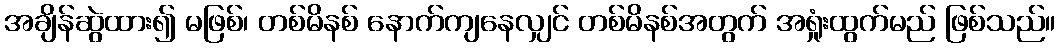
အချိန်ဆွဲထား၍ မဖြစ်၊ တစ်မိနစ် နောက်ကျနေလျှင် တစ်မိနစ်အတွက် အရှုံးထွက်မည် ဖြစ်သည်။